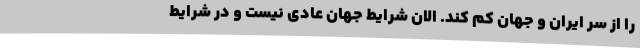
را از سر ایران و جهان کم کند. الان شرایط جهان عادی نیست و در شرایط